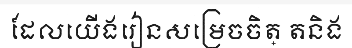
ដែលយើងរៀនសម្រេចចិត្ តនិង